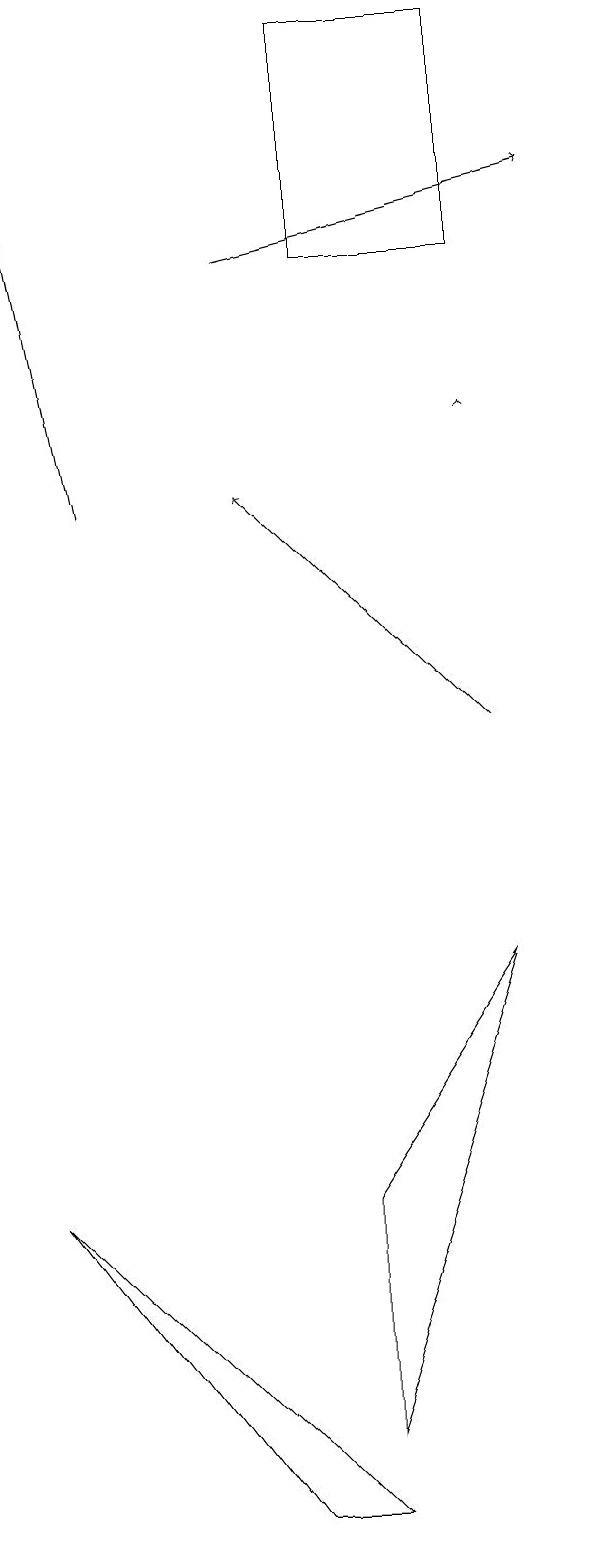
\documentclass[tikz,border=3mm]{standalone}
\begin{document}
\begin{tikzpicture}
\draw[->] (7,10) -- (4,13);
\draw[->] (4,16) -- (8,17);
\draw (5,16) rectangle (7,19);
\draw (5,1) -- (7,7) -- (5,4) -- cycle;
\draw[->] (7,14) -- (7,14);
\draw (4,0) -- (5,0) -- (1,4) -- cycle;
\draw[->] (2,13) -- (1,18);
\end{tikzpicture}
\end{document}